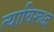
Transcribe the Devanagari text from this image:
त्याविरूध्द